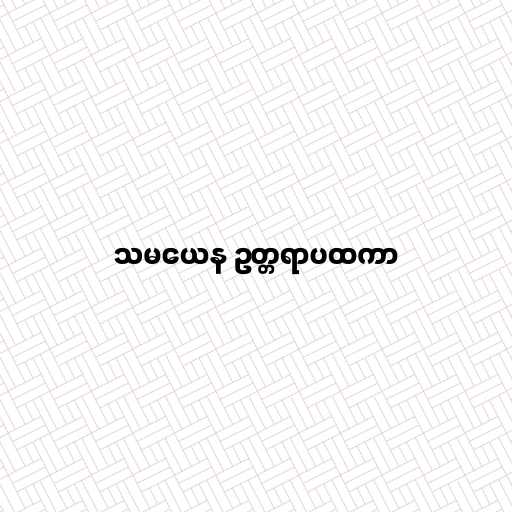
သမယေန ဥတ္တရာပထကာ